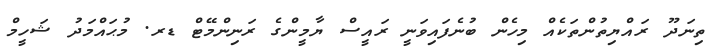
ތިނަދޫ ރައްޔިތުންތަކެއް މިހެން ބުނެފައިވަނީ ރައީސް ޔާމީންގެ ރަނިންމޭޓް ޑރ. މުޙައްމަދު ޝަހީމް